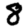
Digit: 8